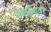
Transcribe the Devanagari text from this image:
मैकईश्वर